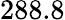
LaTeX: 288.8